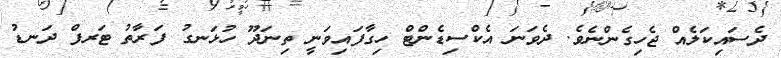
ދެސައިކަލެއް ޖެހިގެންނެވެ. ދެވަނަ އެކްސިޑެންޓް ހިގާފައިވަނީ ތިނަދޫ ހުޅަނގު ފަރާތު ޓަރފް ދަނޑު